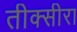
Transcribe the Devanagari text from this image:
तीक्सीरा